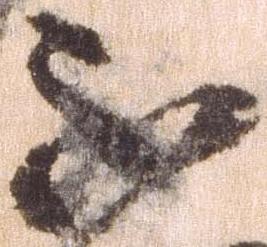
不